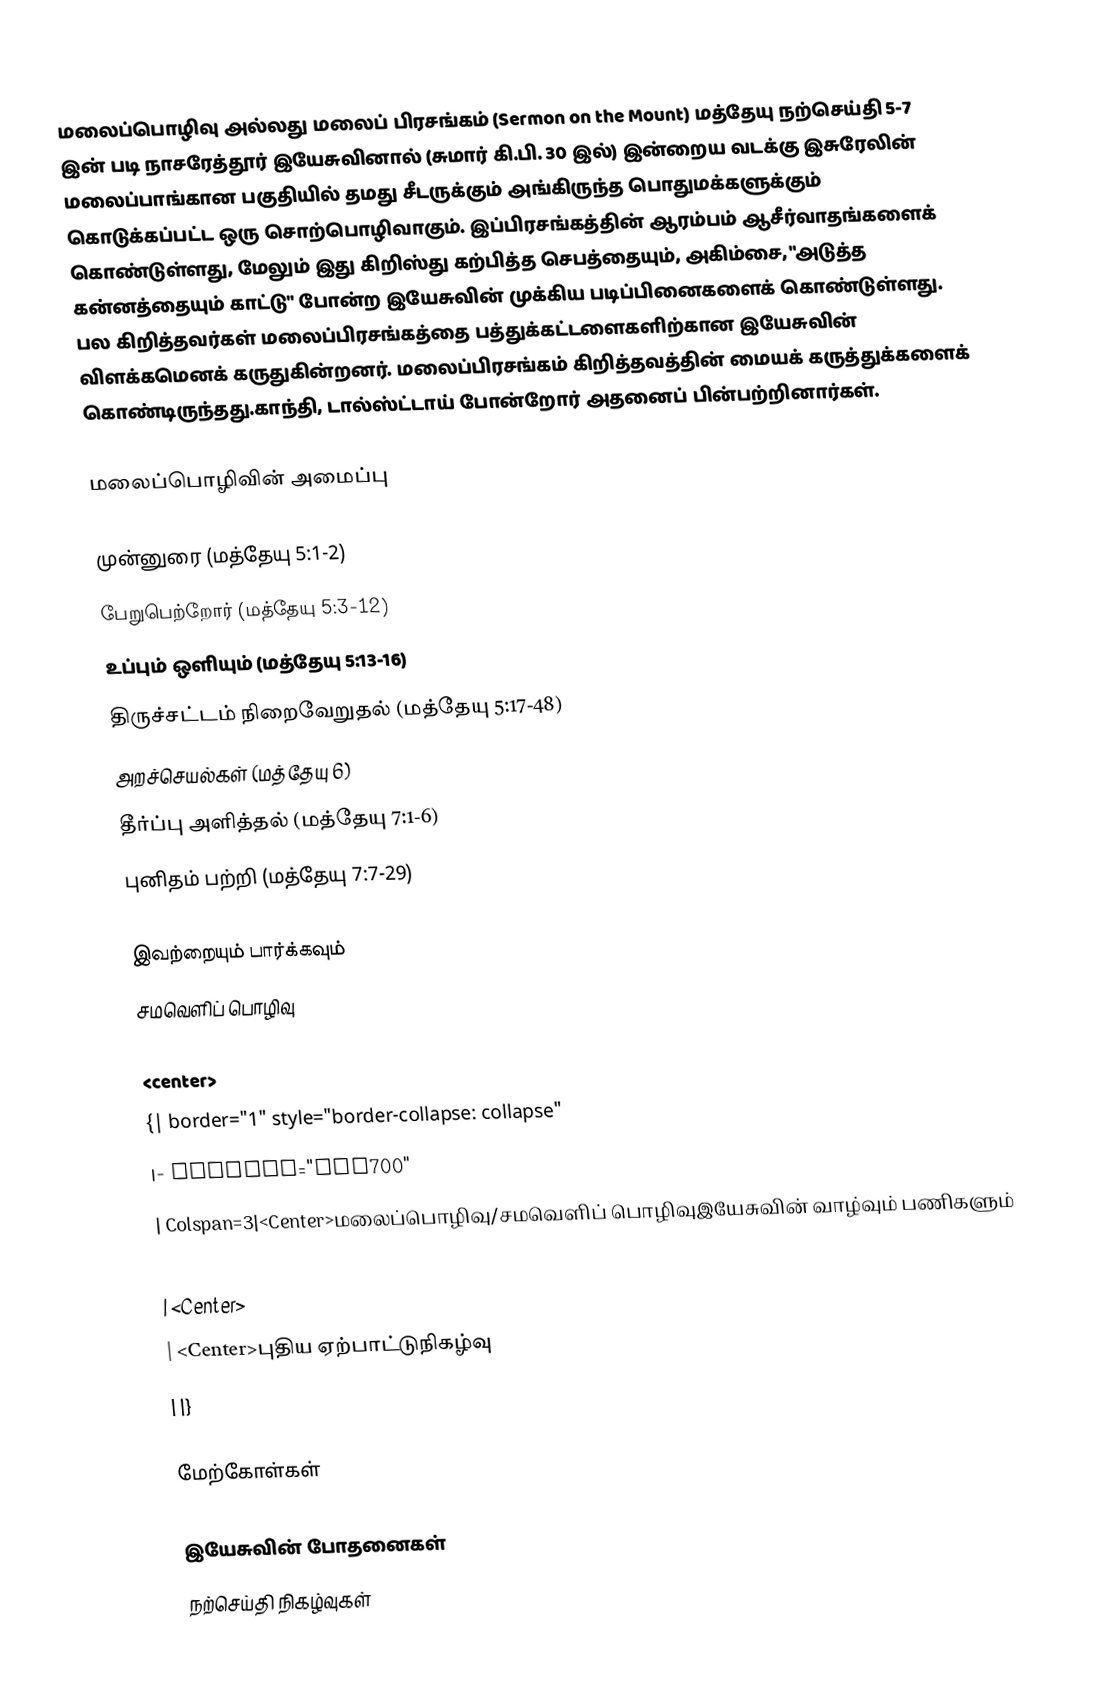
மலைப்பொழிவு அல்லது மலைப் பிரசங்கம் (Sermon on the Mount) மத்தேயு நற்செய்தி 5-7 இன் படி நாசரேத்தூர்　இயேசுவினால் (சுமார் கி.பி. 30 இல்) இன்றைய　வடக்கு　இசுரேலின்　மலைப்பாங்கான பகுதியில் தமது சீடருக்கும் அங்கிருந்த பொதுமக்களுக்கும் கொடுக்கப்பட்ட ஒரு சொற்பொழிவாகும். இப்பிரசங்கத்தின் ஆரம்பம் ஆசீர்வாதங்களைக் கொண்டுள்ளது,　மேலும்　இது　கிறிஸ்து கற்பித்த செபத்தையும்,　அகிம்சை,　"அடுத்த　கன்னத்தையும்　காட்டு"　போன்ற　இயேசுவின்　முக்கிய　படிப்பினைகளைக்　கொண்டுள்ளது.　பல　கிறித்தவர்கள்　மலைப்பிரசங்கத்தை　பத்துக்கட்டளைகளிற்கான　இயேசுவின்　விளக்கமெனக்　கருதுகின்றனர்.　மலைப்பிரசங்கம்　கிறித்தவத்தின்　மையக் கருத்துக்களைக்　கொண்டிருந்தது.காந்தி, டால்ஸ்ட்டாய்　போன்றோர்　அதனைப்　பின்பற்றினார்கள்.

மலைப்பொழிவின் அமைப்பு

 முன்னுரை (மத்தேயு 5:1-2)
 பேறுபெற்றோர் (மத்தேயு 5:3-12)
 உப்பும் ஒளியும் (மத்தேயு 5:13-16)
 திருச்சட்டம் நிறைவேறுதல் (மத்தேயு 5:17-48)
 அறச்செயல்கள் (மத்தேயு 6)
 தீர்ப்பு அளித்தல் (மத்தேயு 7:1-6)
 புனிதம் பற்றி (மத்தேயு 7:7-29)

இவற்றையும் பார்க்கவும்
 சமவெளிப் பொழிவு

<center>
{| border="1" style="border-collapse: collapse"
|- Bgcolor="FFD700"
| Colspan=3|<Center>மலைப்பொழிவு/சமவெளிப் பொழிவுஇயேசுவின் வாழ்வும் பணிகளும்
|- Bgcolor="white"
| <Center>
| <Center>புதிய ஏற்பாட்டுநிகழ்வு
| |}

மேற்கோள்கள்

இயேசுவின் போதனைகள்
நற்செய்தி நிகழ்வுகள்